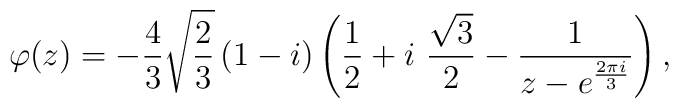
\varphi(z) = -\frac{4}{3} \sqrt{\frac{2}{3}} \left( 1 - i \right) \left( \frac{1}{2} + i\ \frac{\sqrt{3}}{2} - \frac{1}{z-e^{\frac{2\pi i}{3}}} \right),